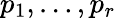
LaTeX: p_{1},\ldots,p_{r}